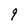
Character: 9